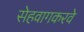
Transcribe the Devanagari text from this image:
सेहवागकरवे